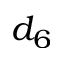
d _ { 6 }